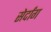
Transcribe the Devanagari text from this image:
सेर्दांग